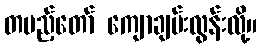
တပည့်တော် ကျောချမ်းလွန်းလို့။